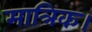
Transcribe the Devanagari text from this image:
मात्रिक।